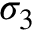
\sigma _ { 3 }